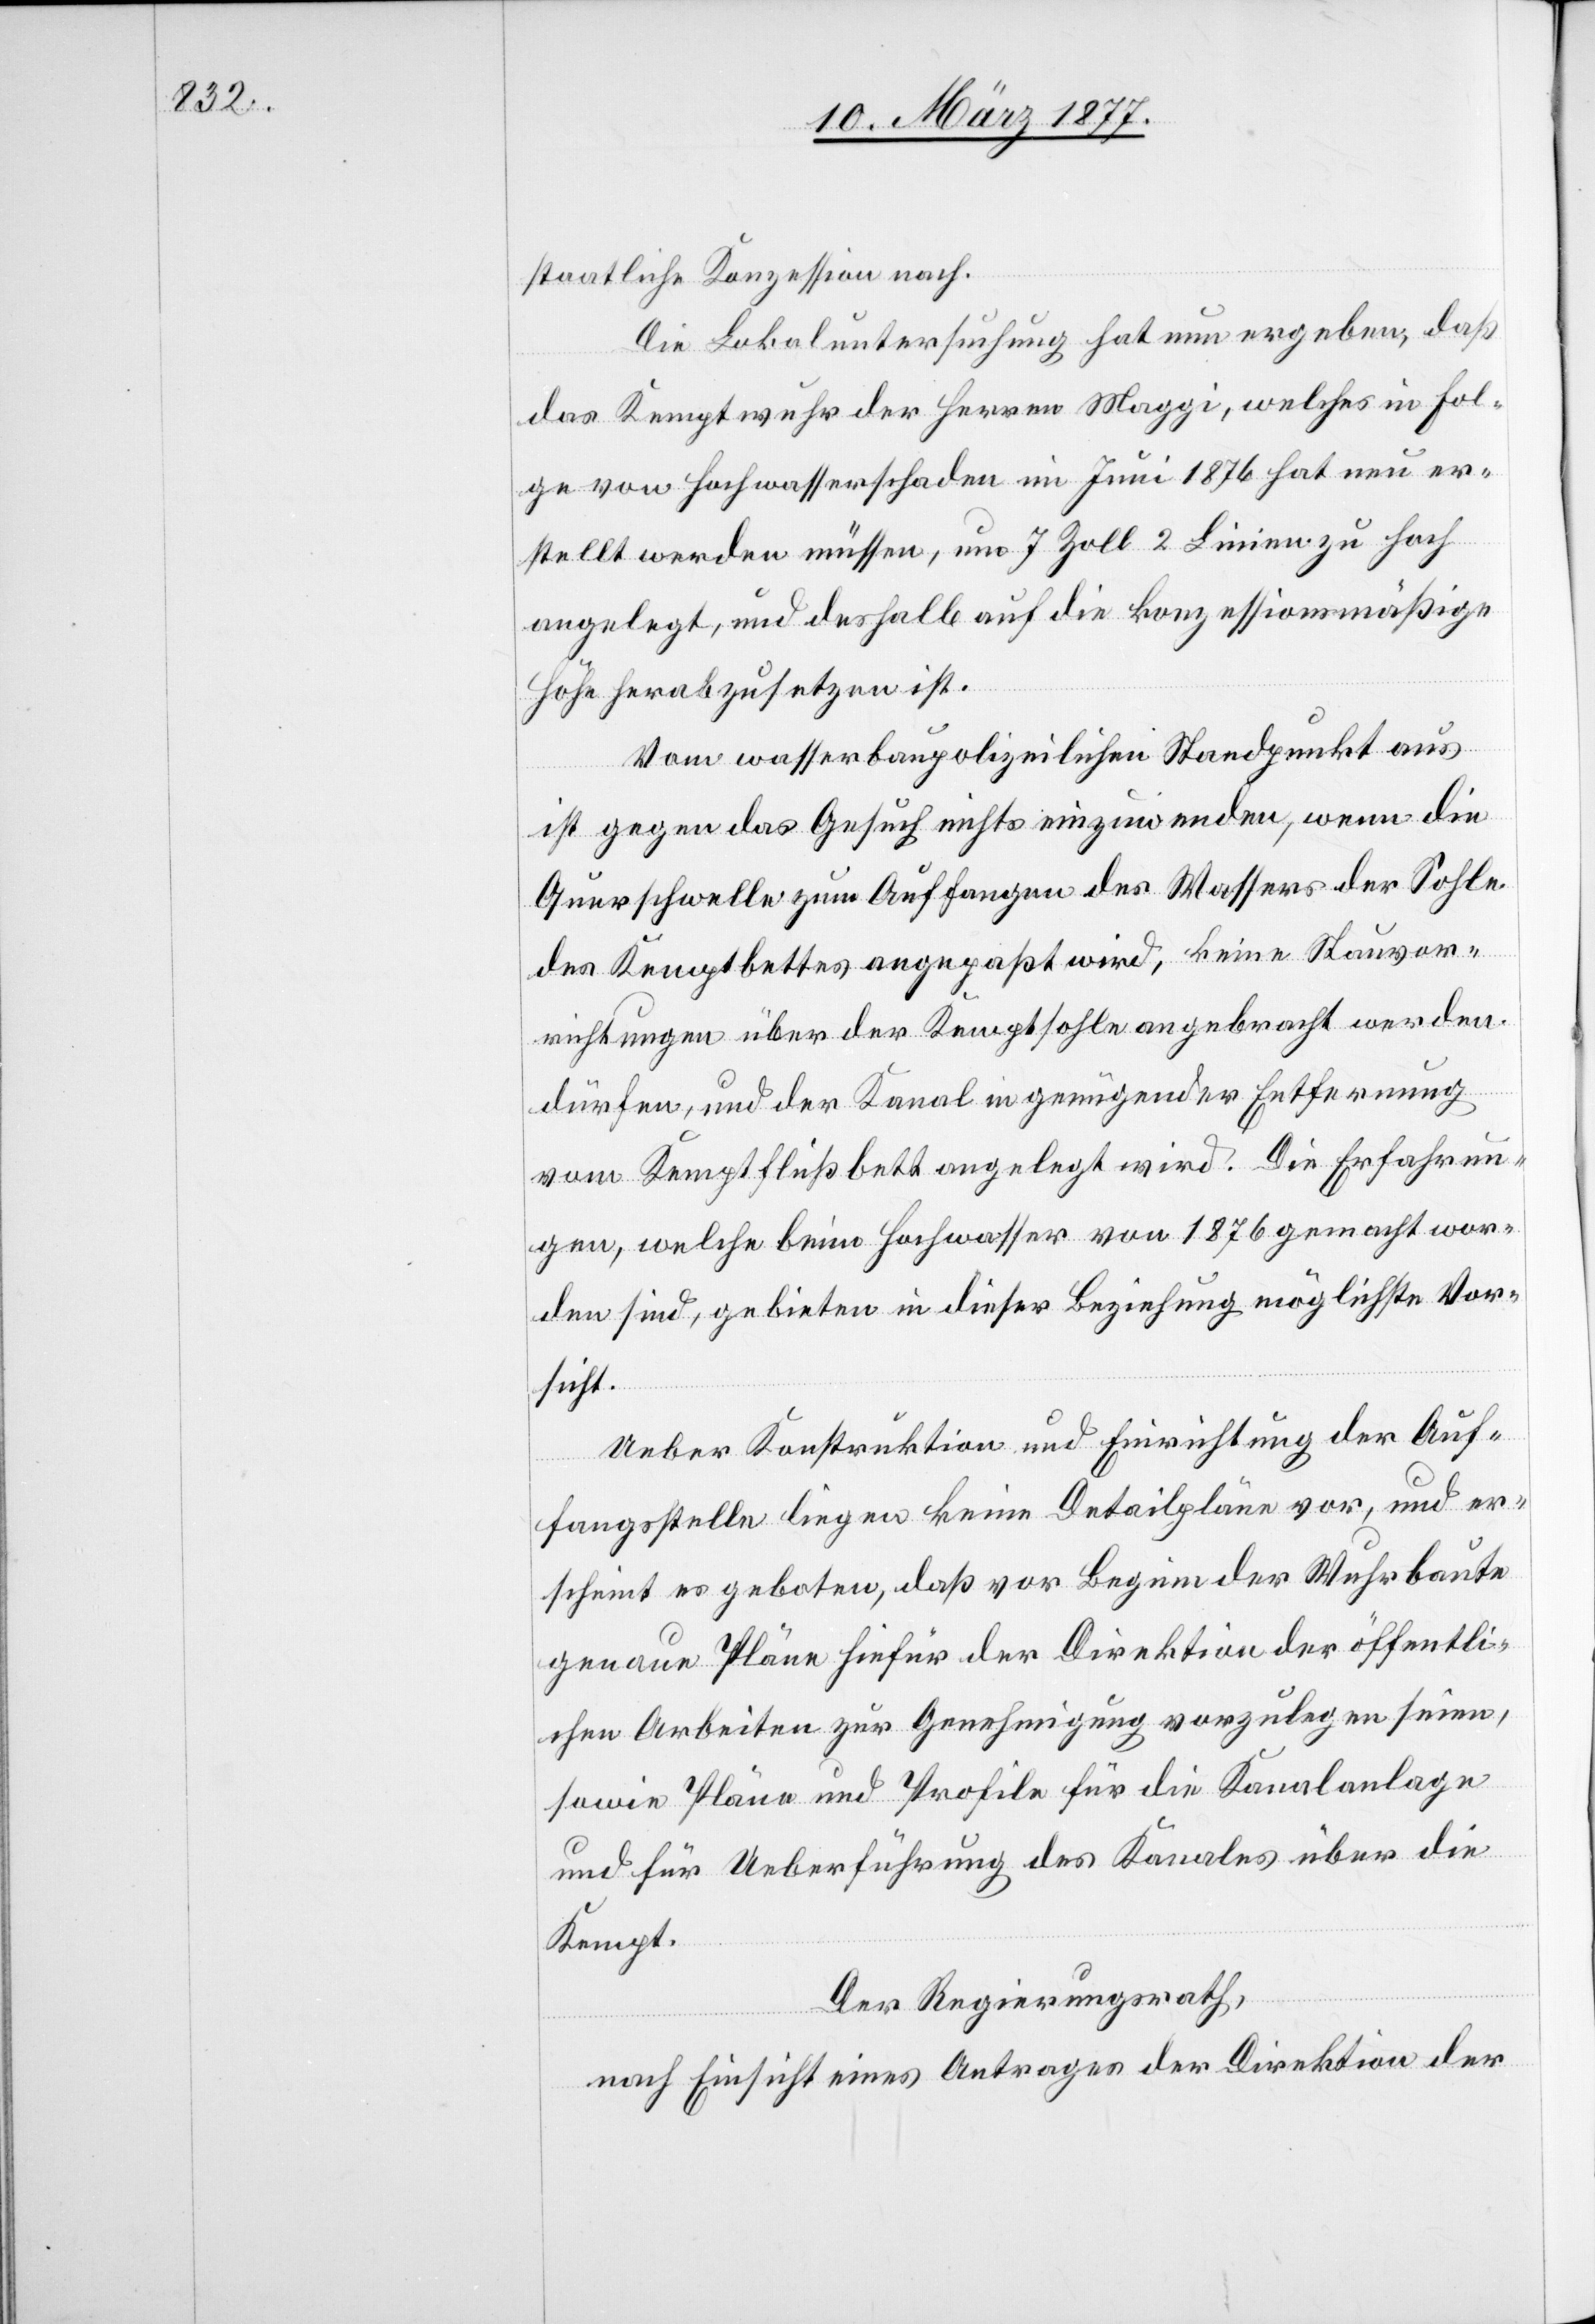
staatliche Konzession nach.
Die Lokaluntersuchung hat nun ergeben, daß
das Kemptwuhr der Herren Maggi, welches in Fol¬
ge von Hochwasserschaden im Juni 1876 hat neu er¬
stellt werden müssen, um 7 Zoll 2 Linien zu hoch
angelegt, und deshalb auf die konzessionsmäßige
Höhe herabzusetzen ist.
Vom wasserbaupolizeilichen Standpunkt aus
ist gegen das Gesuch nichts einzuwenden, wenn die
Querschwelle zum Auffangen des Wassers der Sohle
des Kemptbettes angepaßt wird, keine Stauvor¬
richtungen über der Kemptsohle angebracht werden
dürfen, und der Kanal in genügender Entfernung
vom Kemptflußbett angelegt wird. Die Erfahrun¬
gen, welche beim Hochwasser von 1876 gemacht wor¬
den sind, gebieten in dieser Beziehung möglichste Vor¬
sicht.
Ueber Konstruktion und Einrichtung der Auf¬
fangsstelle liegen keine Detailpläne vor, und er¬
scheint es geboten, daß vor Beginn der Wuhrbaute
genaue Pläne hiefür der Direktion der öffentli¬
chen Arbeiten zur Genehmigung vorzulegen seien,
sowie Pläne und Profile für die Kanalanlage
und für Ueberführung des Kanales über die
Kempt.
Der Regierungsrath,
nach Einsicht eines Antrages der Direktion der